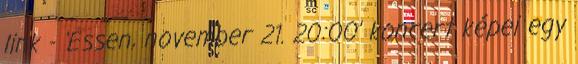
link - 'Essen, november 21. 20:00' koncert képei egy